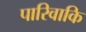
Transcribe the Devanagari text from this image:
पारिवाकि